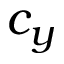
c _ { y }